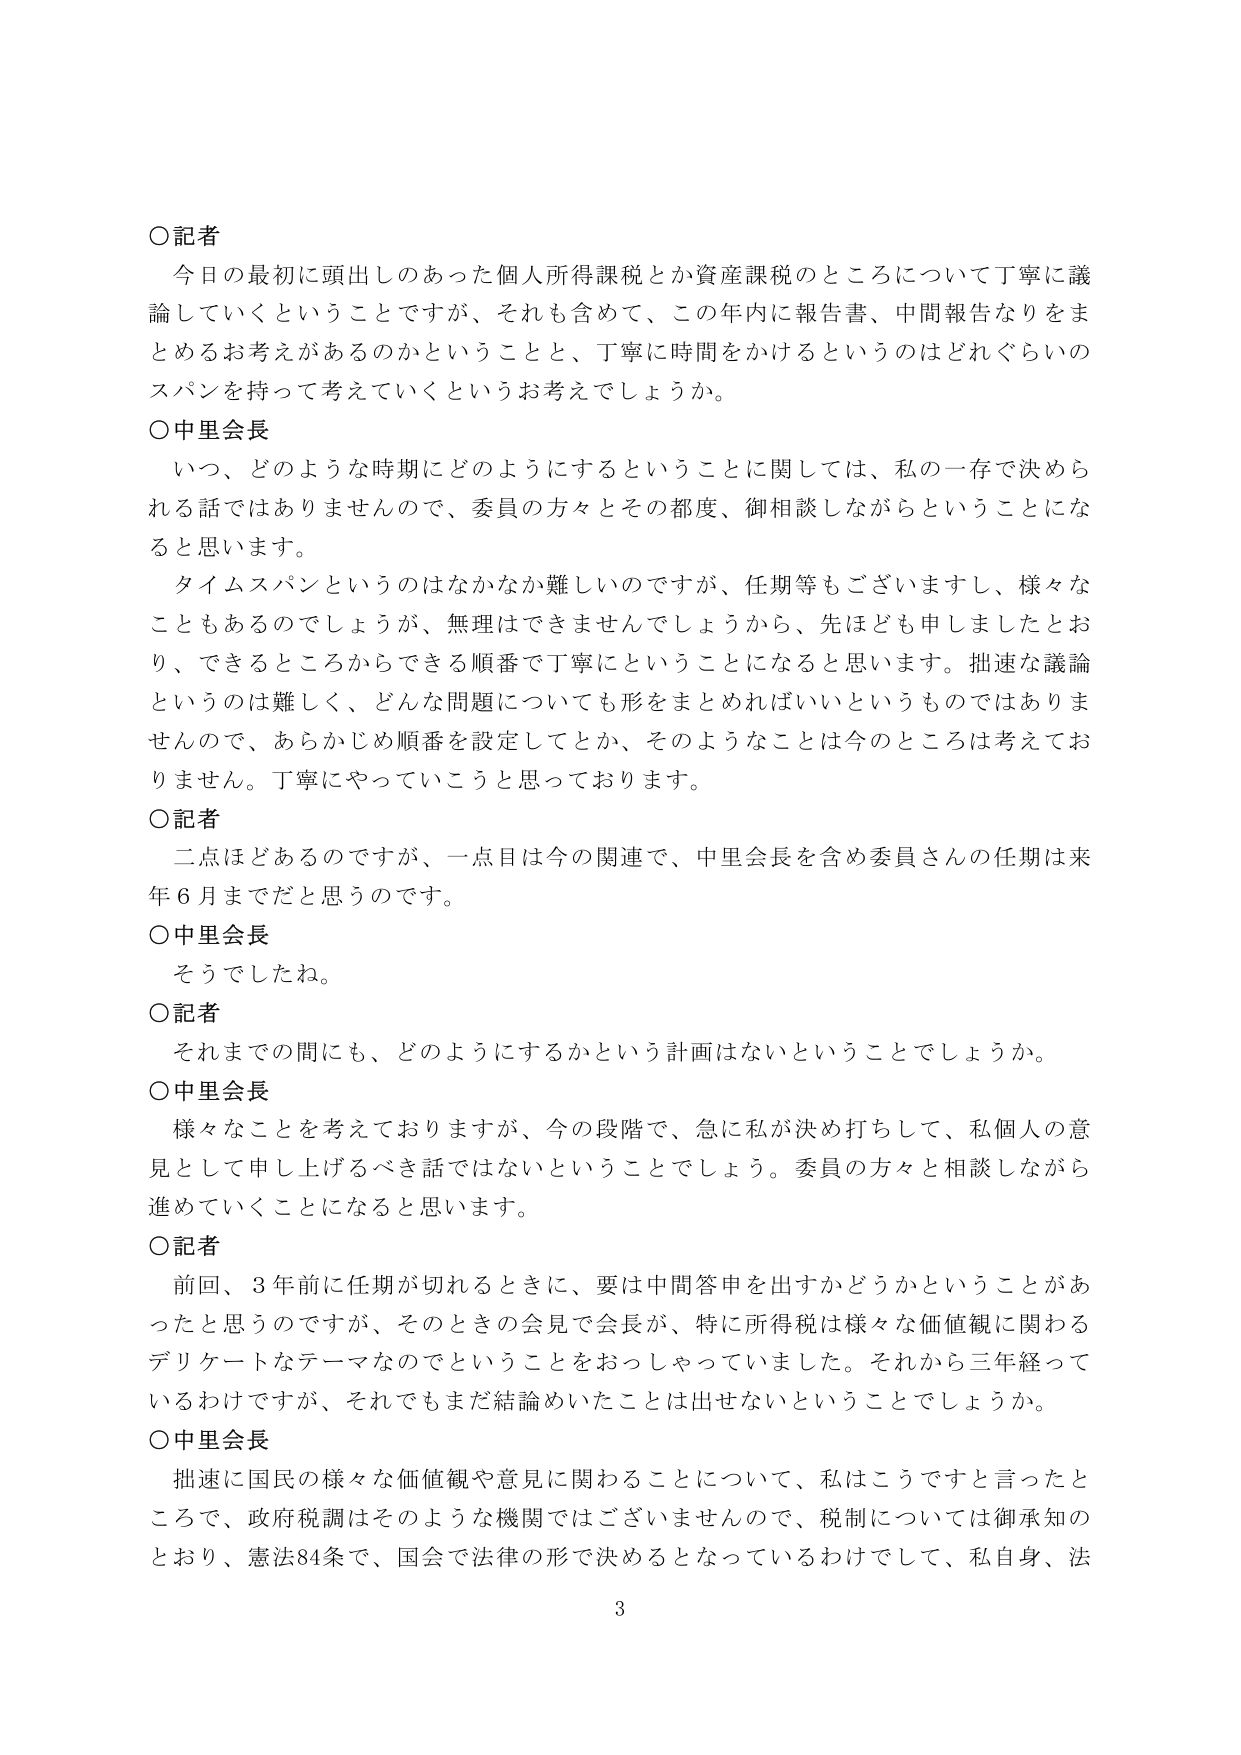
○記者
今日の最初に頭出しのあった個人所得課税とか資産課税のところについて丁寧に議論していくということですが、それも含めて、この年内に報告書、中間報告なりをまとめるお考えがあるのかということと、丁寧に時間をかけるというのはどれぐらいのスパンを持って考えていくというお考えでしょうか。

○中里会長
いつ、どのような時期にどのようにするということに関しては、私の一存で決められる話ではありませんので、委員の方々とその都度、御相談しながらということになると思います。
タイムスパンというのはなかなか難しいのですが、任期等もございますし、様々なこともあるのでしょうが、無理はできませんでしょうから、先ほども申しましたとおり、できるところからできる順番で丁寧にということになると思います。拙速な議論というのは難しく、どんな問題についても形をまとめればいいというものではありませんので、あらかじめ順番を設定してとか、そのようなことは今のところは考えておりません。丁寧にやっていこうと思っております。

○記者
二点ほどあるのですが、一点目は今の関連で、中里会長を含め委員さんの任期は来年６月までだと思うのです。

○中里会長
そうでしたね。

○記者
それまでの間にも、どのようにするかという計画はないということでしようか。

○中里会長
様々なことを考えておりますが、今の段階で、急に私が決め打ちして、私個人の意見として申し上げるべき話ではないということでしょう。委員の方々と相談しながら進めていくことになると思います。

○記者
前回、３年前に任期が切れるときに、要は中間答申を出すかどうかということがあったと思うのですが、そのときの会見で会長が、特に所得税は様々な価値観に関わるデリケートなテーマなのでということをおっしゃっていました。それから三年経っているわけですが、それでもまだ結論めいたことは出せないということでしようか。

○中里会長
拙速に国民の様々な価値観や意見に関わることについて、私はこうですと言ったところで、政府税調はそのような機関ではありませんので、税制については御承知のとおり、憲法84条で、国会で法律の形で決めるとなっているわけですし、私自身、法

3